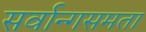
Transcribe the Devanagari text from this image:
सर्वान्गसमता